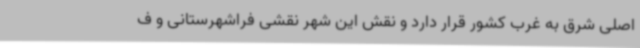
اصلی شرق به غرب کشور قرار دارد و نقش این شهر نقشی فراشهرستانی و ف